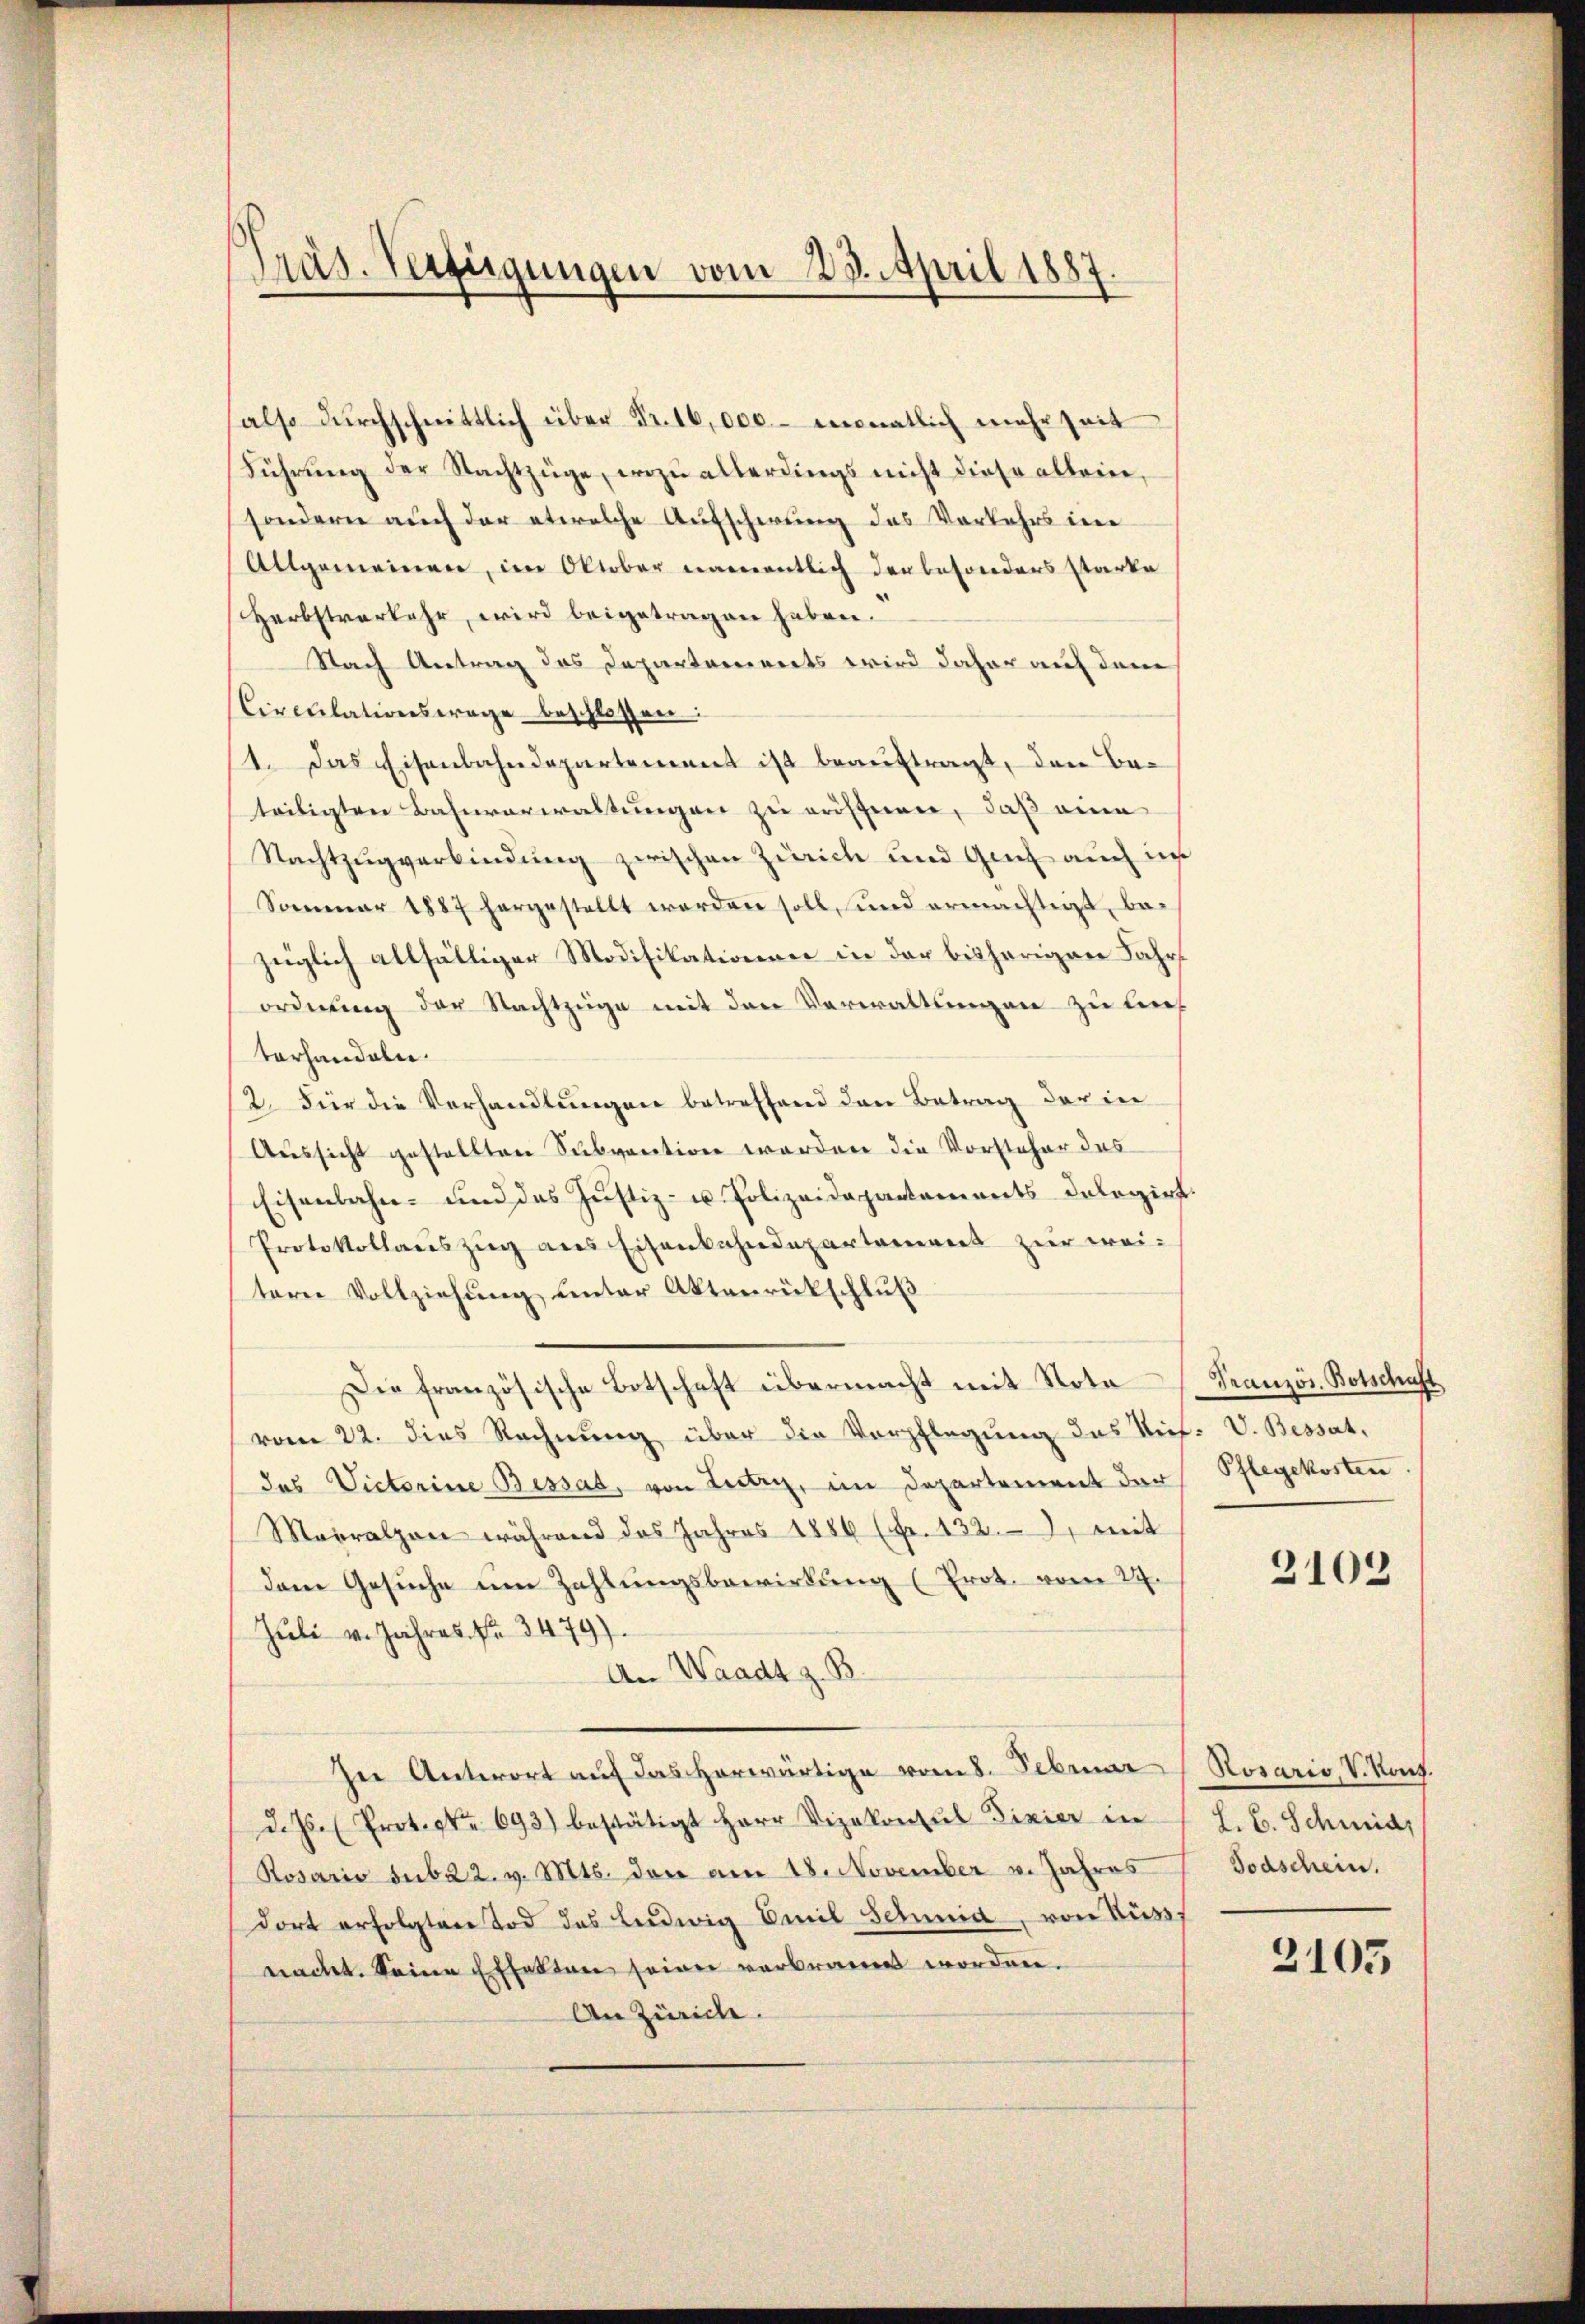
Präs. Verfügungen vom 23. April 1887
e

salso dŭrchschnittlich über Fr. 16,000.- monatlich mehrheit
Führŭng der Nachtzüge, wozu allerdings nicht diese allein,
sondern auch der etwelche Aufscheung des Vorkehrs im
Allgemeinen, im Oktober namentlich der besonders starke
Herbstverkehr, wird beigetragen haben.
Nach Antrag des Departaminerts wird daher auf dem
Circulationsfrage beschlossen:
11. Das Eisenbahndepartement ist beauftragt, den Beteiligten Bahnverwaltungen zu eröffnen, daß eine
Nachtzugverbindung zwischen Zürich und Gut auch in
Sommer 1887 hergestellt worden soll, und ermächtigt, bezüglich allfälliger Modifikationen in der bisherigen Jahr
ordnung der Nachtzüge mit den Verwaltungen zu liech
terhandeln.
2. Für die Verhandlungen betreffend den Betrag der in
Aussicht gestellten Subvention werden die Vorsteher das
Eisenbahn- und des Justiz- u. Polizeidepartements delegirt.
Protokollauszug aus Eisenbahndepartement zur weitern Vollziehung unter Aktenrückschluß
Die französische Botschaft übermacht mit Nota
vom 22. dies Rechnung über die Verpflegung das Stief- V. Bessat
das Victorine Bessat, von Lutry, im Departement der
Marralzen während das Jahres 1886 (Fr. 132., mit
dem Gesuche um Zahlungsbewirkung (Prot. vom 24.
Juli v. Jahres No 3479).
An Waadt z. B.
In Antwort auf das herwärtige vom 8. Februar (Rosario, V. Kont.
d. Js. (Prot. Nr. 693) bestätigt Herr Vizekonsul Fixier in
Rosario sub 22. v. Mts. den am 18. November v. Jahres
dort erfolgten Tod des Leidwig Emil Schmid, von Buss
nacht. Seine Effekten seiner verbrannt worden.
An Zürich.

Französ. Botschaft
Pflegekosten

2103

H. E. Schmid,
Todschein.

2105